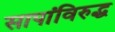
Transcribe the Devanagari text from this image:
सापांविरुद्ध